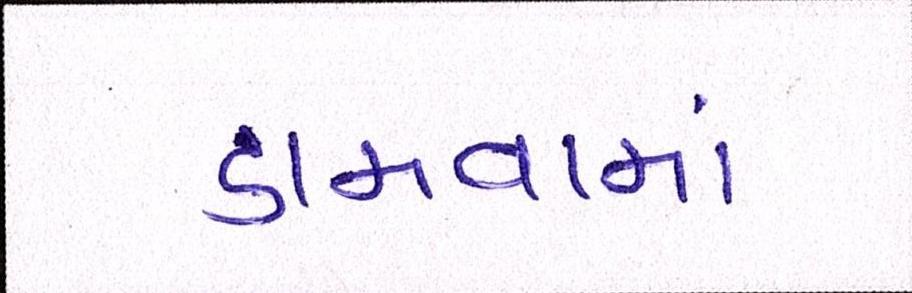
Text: ડામવામાં